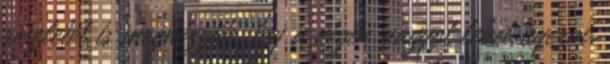
részletet is megnézzük, így a végén nagyot lehet nyerni.